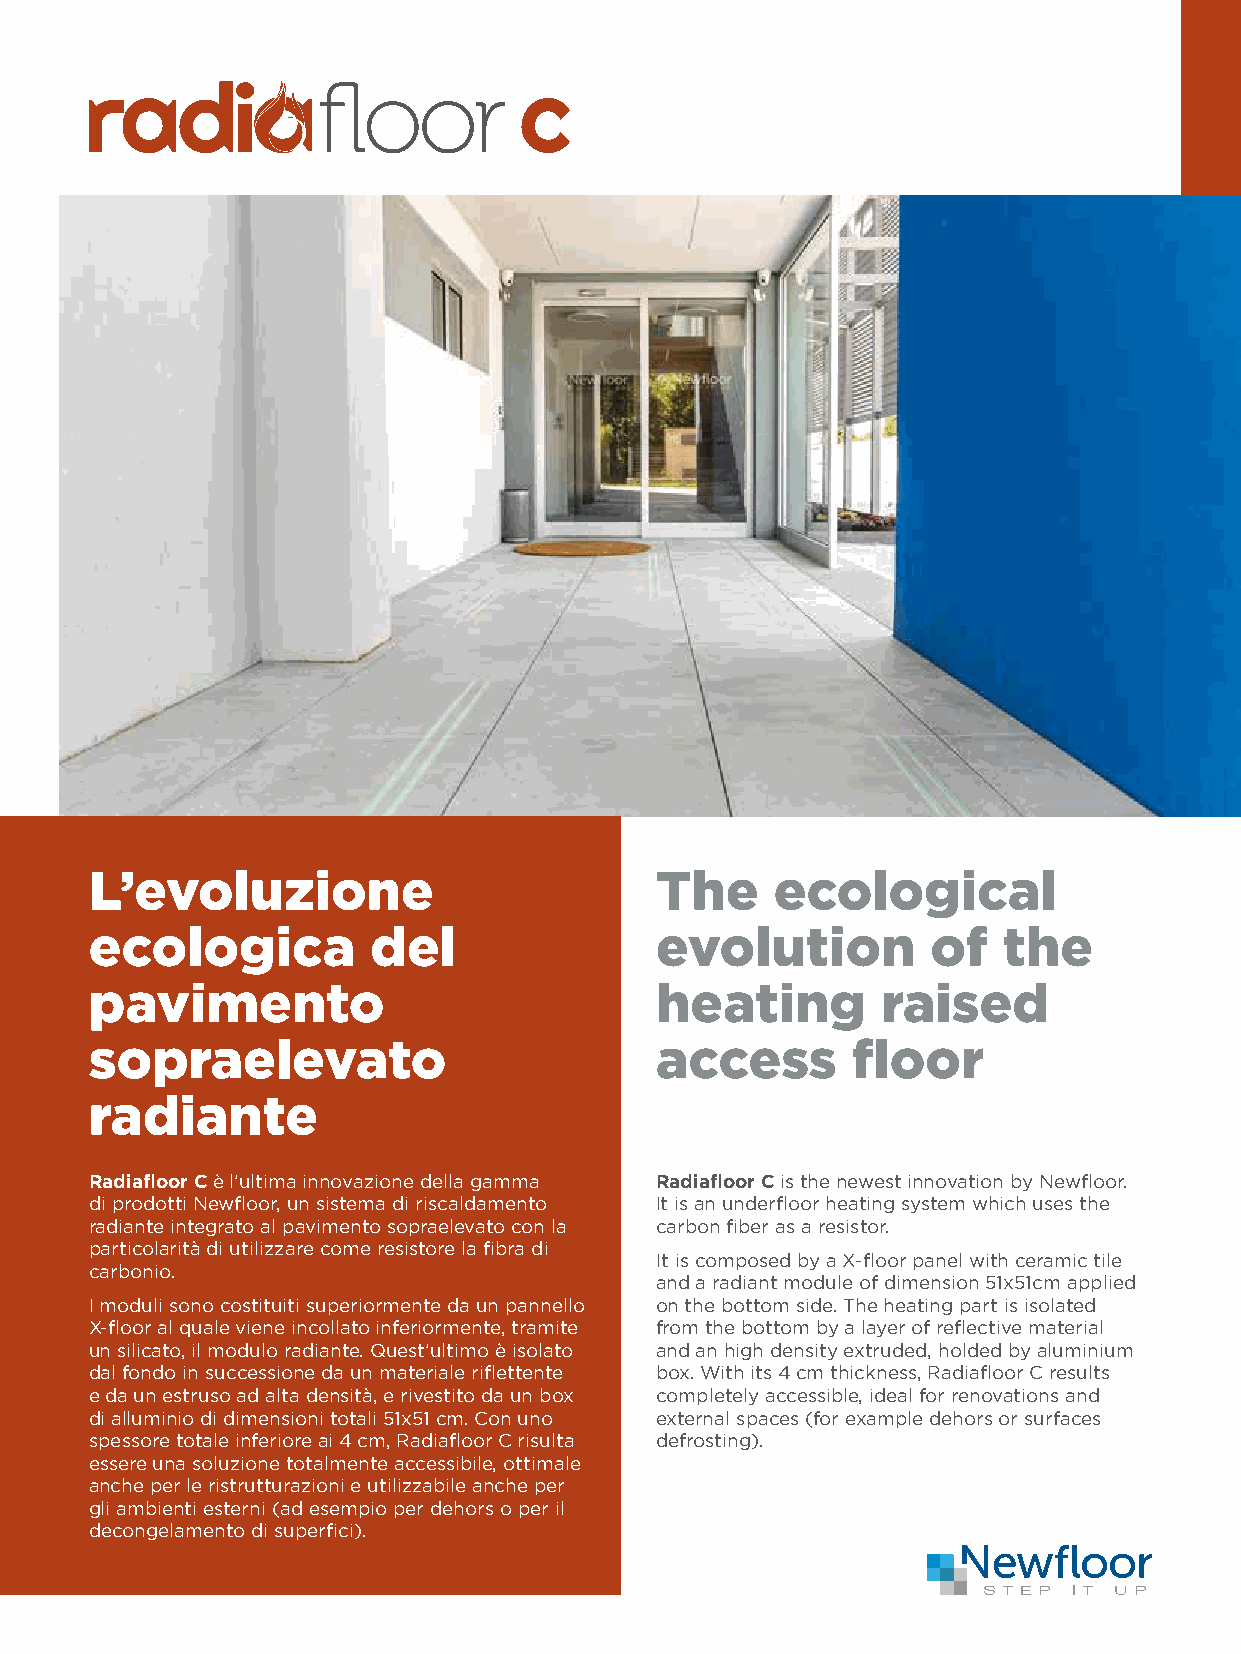
L’evoluzione                         The     ecological
 ecologica         del                evolution          of  the
 pavimento                            heating        raised
 sopraelevato                         access       floor
 radiante
 Radiafloor C è l’ultima innovazione della gamma Radiafloor C is the newest innovation by Newfloor.
 di prodotti Newfloor, un sistema di riscaldamento It is an underfloor heating system which uses the
 radiante integrato al pavimento sopraelevato con la carbon fiber as a resistor.
 particolarità di utilizzare come resistore la fibra di
 It is composed by a X-floor panel with ceramic tile
 carbonio.
 and a radiant module of dimension 51x51cm applied
 I moduli sono costituiti superiormente da un pannello on the bottom side. The heating part is isolated
 X-floor al quale viene incollato inferiormente, tramite from the bottom by a layer of reflective material
 un silicato, il modulo radiante. Quest’ultimo è isolato and an high density extruded, holded by aluminium
 dal fondo in successione da un materiale riflettente box. With its 4 cm thickness, Radiafloor C results
 e da un estruso ad alta densità, e rivestito da un box completely accessible, ideal for renovations and
 di alluminio di dimensioni totali 51x51 cm. Con uno external spaces (for example dehors or surfaces
 spessore totale inferiore ai 4 cm, Radiafloor C risulta defrosting).
 essere una soluzione totalmente accessibile, ottimale
 anche per le ristrutturazioni e utilizzabile anche per
 gli ambienti esterni (ad esempio per dehors o per il
 decongelamento di superfici).